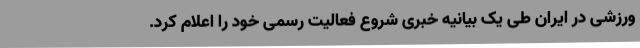
ورزشی در ایران طی یک بیانیه خبری شروع فعالیت رسمی خود را اعلام کرد.